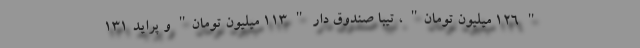
" 126 میلیون تومان" ، تیبا صندوق دار " 113 میلیون تومان" و پراید 131